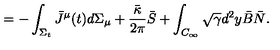
= - \int _ { \Sigma _ { t } } \bar { J } ^ { \mu } ( t ) d \Sigma _ { \mu } + { \frac { \bar { \kappa } } { 2 \pi } } \bar { S } + \int _ { C _ { \infty } } \sqrt { \gamma } d ^ { 2 } y \bar { B } \bar { N } .